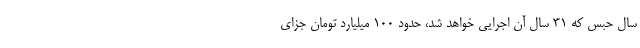
سال حبس که ۳۱ سال آن اجرایی خواهد شد، حدود 100 میلیارد تومان جزای